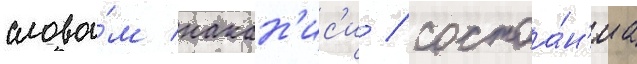
слова́м накан'ис'и / состоа́н'иа